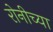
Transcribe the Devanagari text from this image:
रोनीच्या